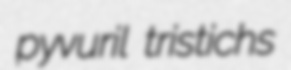
pyvuril tristichs